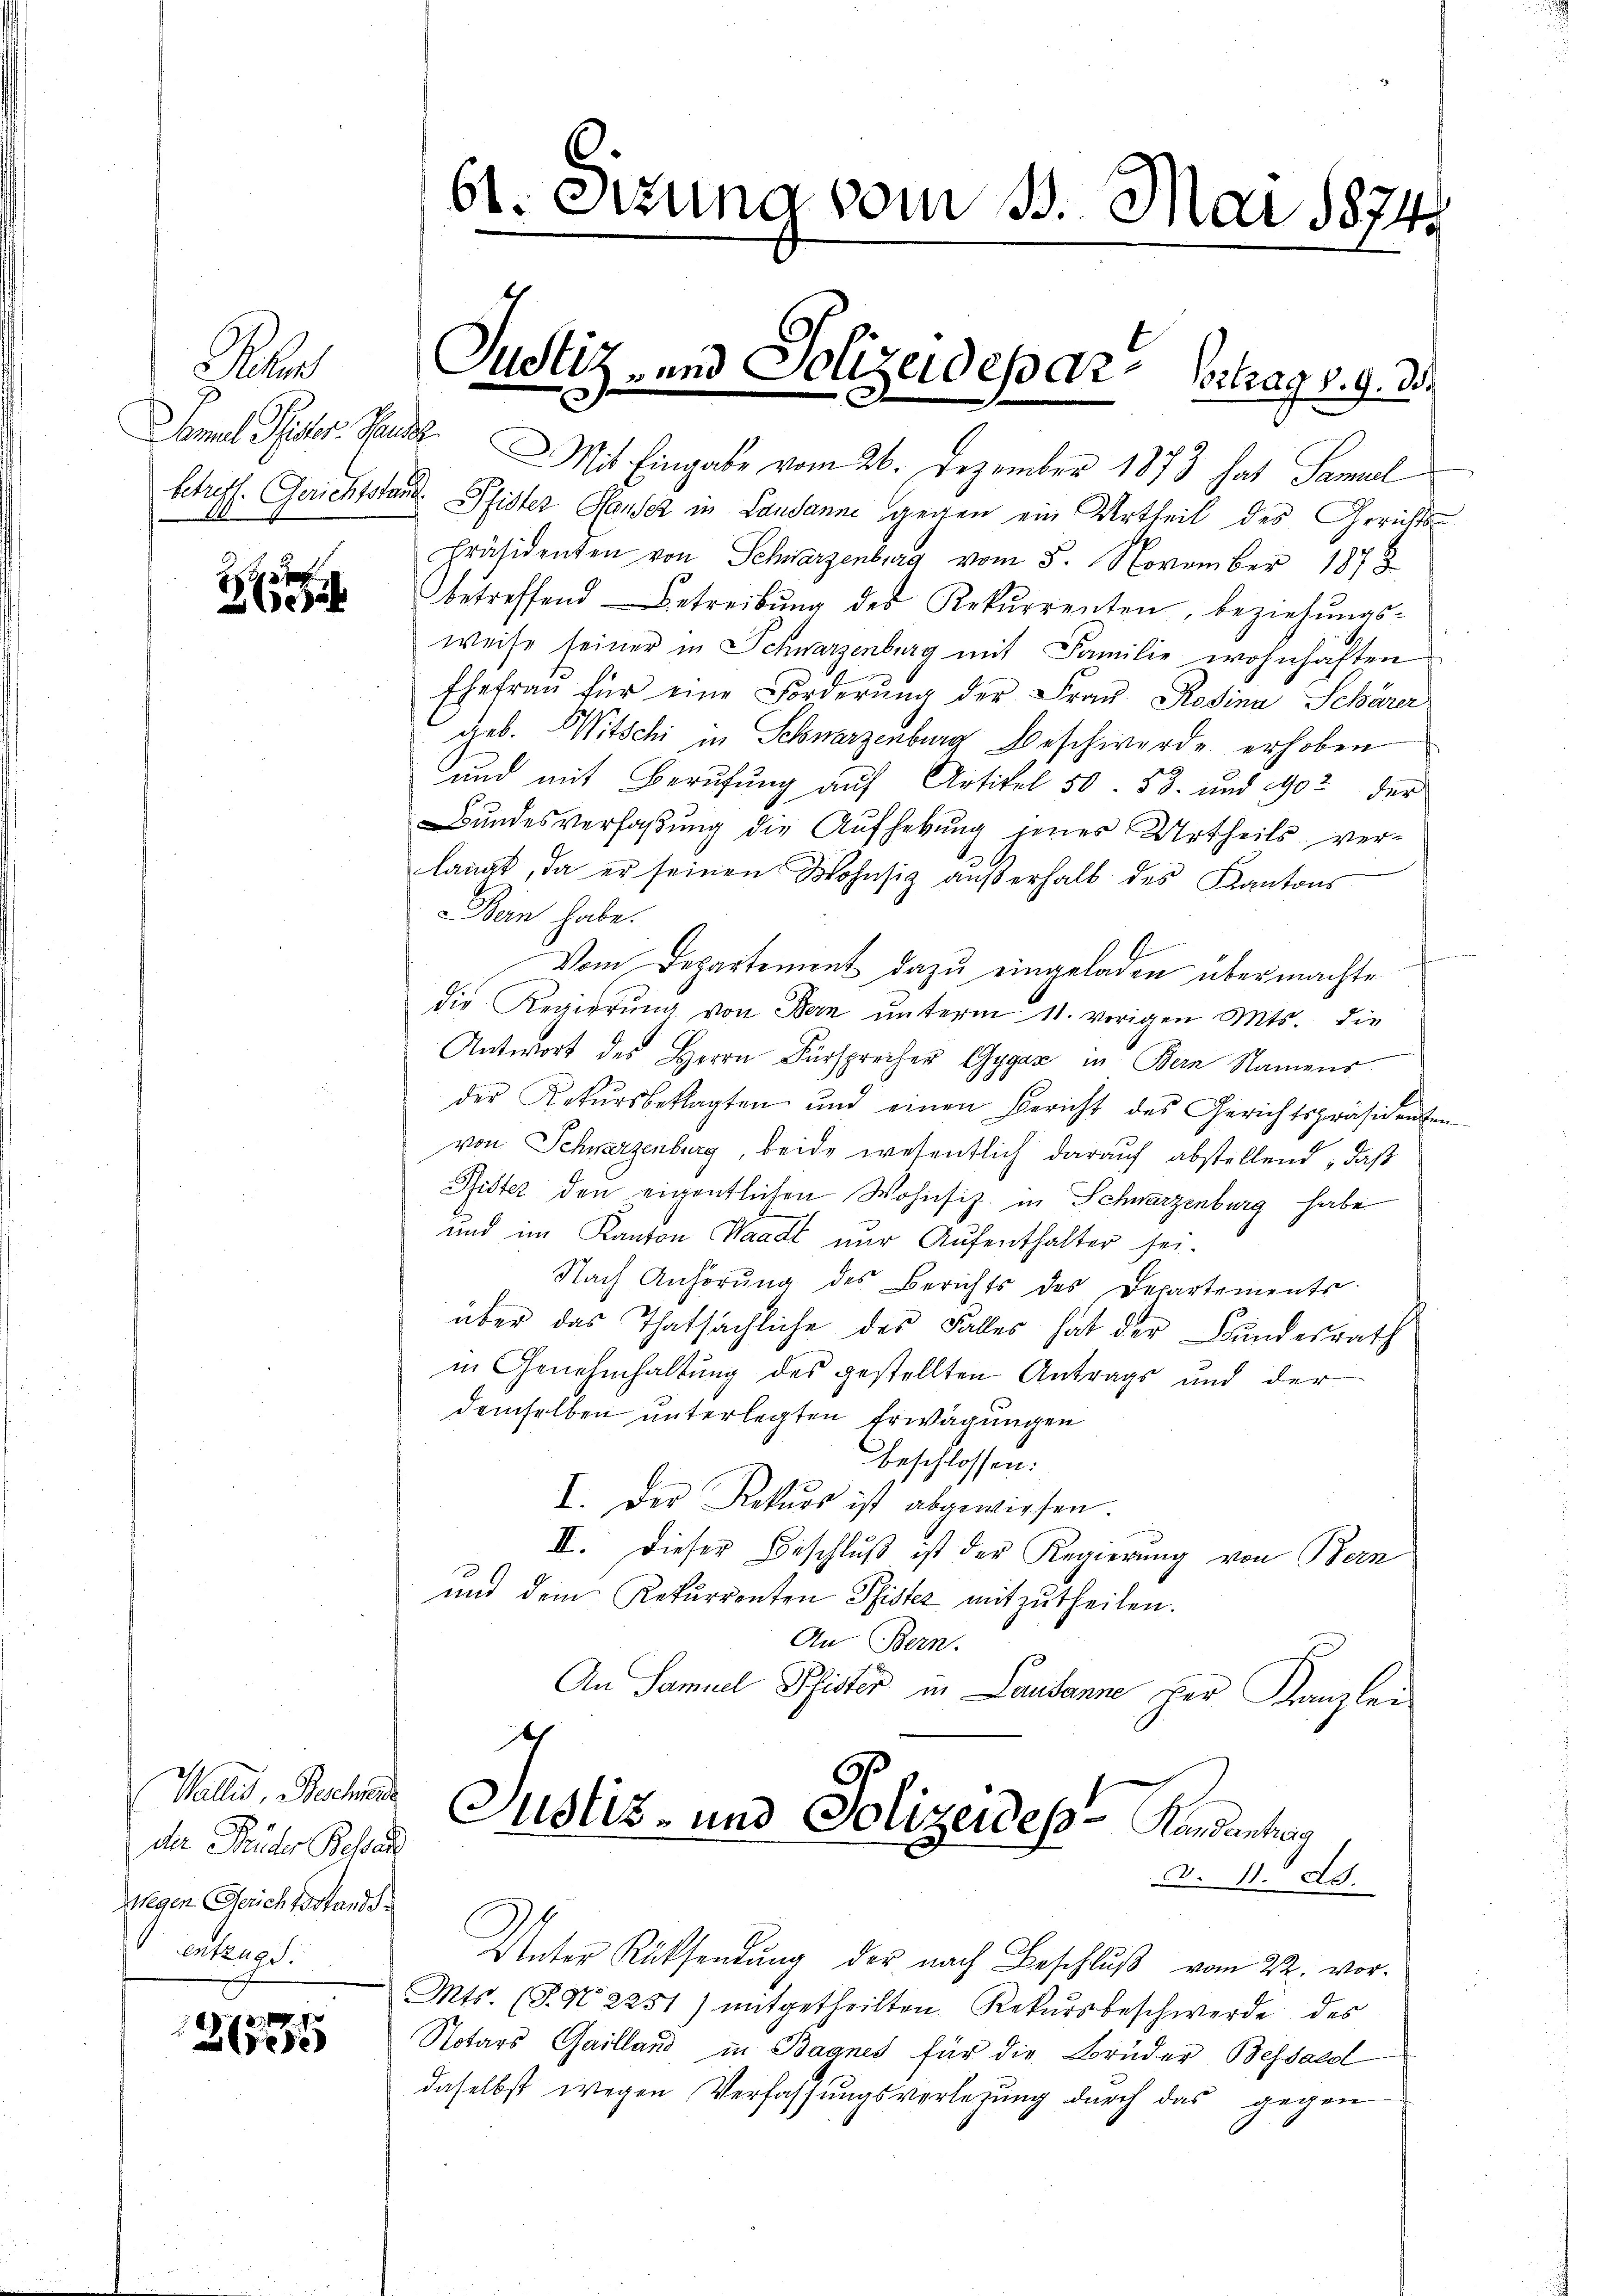
Pan

3

e

Wallis, Bachende
da Brüder Behan
wegen Gerichtsstands
entzug

2
Zehe

.
61. Sizung vom 13. Mai 1874

Justiz- und Polizeides dr Vortrag v. 9. d.

Samuel Seiter. Statt. Mit Eingabe vom 26. Dezember 1873 hat Samal
betreff. Gerichtstand Pfister Hauser in Landanne gegen ein Urtheil des Gerichts-
Präsidenten von Schwarzenburg vom 5. November 1878
betreffend Betreibŭng des Rekurrenten, beziehŭngs-
weise seiner in Schwarzenburg mit Familie wohnhaften
Ehefrau für eine Forderung der Frau Rosina Schärer
geb. Witschi in Schwarzenburg Beschwerde erhoben
und mit Berufung auf Artikel 50. 53. und 1902 der
Bundesverfaßung die Aufhebung jenes Urtheils verlangt, da er seinen Wohnsitz außerhalb des Kantons
Ban habe.
Vom Departement dazu eingeladen übermachte
die Regierŭng von Bern ŭnterm 11. vorigen Mts. die
Antwort des Herrn Fürsprecher Gygar in Bern Namens
der Rekŭrsbeklagten und einen Bericht des Gerichtspräsidenten
von Schwarzenburg, beide wesentlich darauf abstellend, daß
Pfister den eigentlichen Wohnsiz in Schwarzenburg habe
und im Kanton Waadt nur Aufenthalter sei.
Nach Anhörŭng des Berichts des Departements-
über das Thatsächliche des Falles hat der Bundesrath
in Genehmhaltung des gestellten Antrags und der
demselben unterlegten Erwägungen
beschlossen:
I. Der Rekurs ist abgewiesen.
II. Dieser Beschluß ist der Regierung von Bern
und dem Rekurrenten Pfister mitzutheilen.
An Bern.
An Samuel Pfister in Lausanne der Kanzlei
Ich
Justiz- und Polizeides Kandantung
§. 11. ds.
Unter Rüksendung der nach Beschluß vom 22. vor.
Mts. (T. N 2251) mitgetheilten Rekursbeschwerde des
Notars Gailland in Baanes für die Brüder Bessaldl
daselbst wegen Verfassungsverlegung durch das gegen